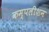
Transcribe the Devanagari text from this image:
कम्पलीशन